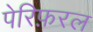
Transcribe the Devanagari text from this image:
पेरिफ़रल